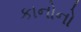
કાનોનો